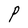
Character: P